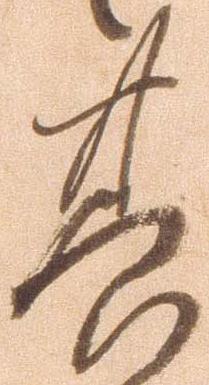
其